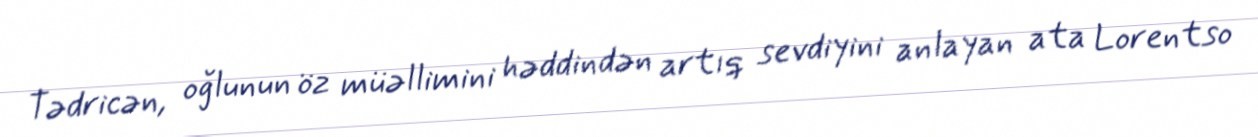
Tədricən, oğlunun öz müəllimini həddindən artıq sevdiyini anlayan ata Lorentso